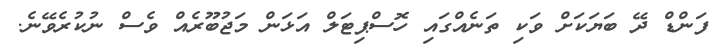
ފަންޑް ދޭ ބަޔަކަށް ވަކި ތަނެއްގައި ހޮސްޕިޓަލް އަޅަން މަޖުބޫރެއް ވެސް ނުކުރެވޭނެ.